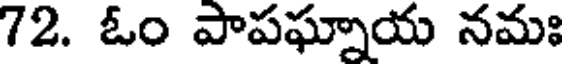
72. ఓం పాపఘ్నాయ నమః